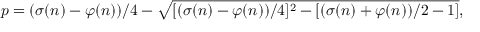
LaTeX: p = ( \sigma ( n ) - \varphi ( n ) ) / 4 - { \sqrt { [ ( \sigma ( n ) - \varphi ( n ) ) / 4 ] ^ { 2 } - [ ( \sigma ( n ) + \varphi ( n ) ) / 2 - 1 ] } } ,